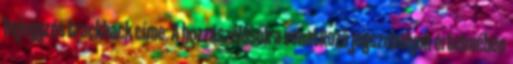
bejegyzés trackback címe: A hozzászólások a vonatkozó jogszabályok értelmében